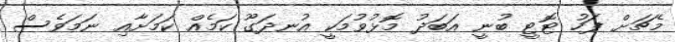
މެޗަށް ފަހު ޓޮޓީ ބުނީ އަބަދު މޮޅުވުމަކީ އުނދަގޫ ކަމެއް ކަމަށާއި ނަމަވެސް